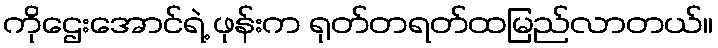
ကိုဌေးအောင်ရဲ့ ဖုန်းက ရုတ်တရတ်ထမြည်လာတယ်။